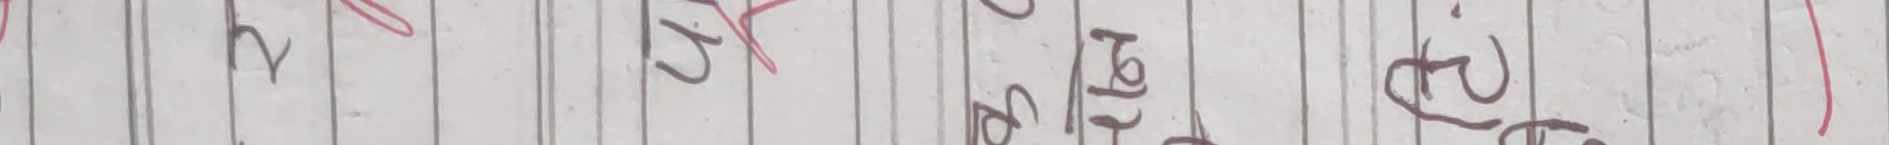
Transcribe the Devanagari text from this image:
२ १ ल ई ल ३ ल ई १